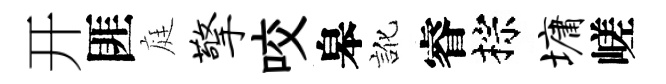
开匪庭擎咬皋訛睿棕墉嵯